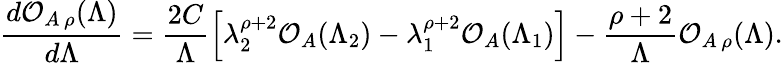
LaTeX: \frac{d{\cal O}_{A\, \rho}(\Lambda)}{d\Lambda}=\frac{2C}{\Lambda}\left[\lambda_{2}^{\rho+2}{\cal O}_{A}(\Lambda_{2})-\lambda_{1}^{\rho+2}{\cal O}_{A}(\Lambda_{1})\right]-\frac{\rho+2}{\Lambda}{\cal O}_{A\, \rho}(\Lambda).